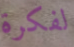
لفكرة